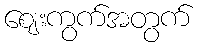
ဈေးကွက်အတွက်